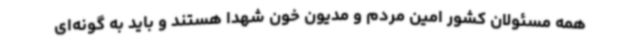
همه مسئولان کشور امین مردم و مدیون خون شهدا هستند و باید به گونه‌ای